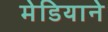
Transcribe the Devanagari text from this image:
मेडियाने